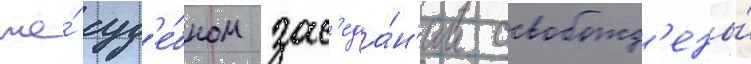
же́ суд'е́бном зас'еда́н'ии освобожд'ены́